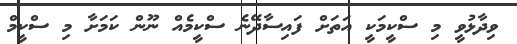
ވިދާޅުވީ މި ސްކީމަކީ އަތަށް ފައިސާދޭނެ ސްކީމެއް ނޫން ކަމަށާ މި ސްކީމް